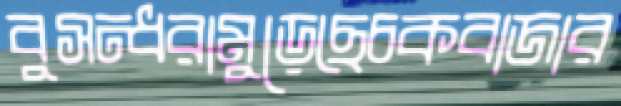
বুসন্ধরামুড়েছেচকবাজার